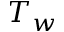
T _ { w }